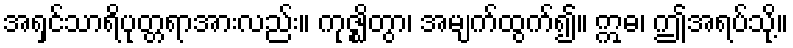
အရှင်သာရိပုတ္တရာအားလည်း။ ကုဇ္ဈိတွာ၊ အမျက်ထွက်၍။ ဣဓ၊ ဤအရပ်သို့။